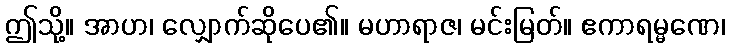
ဤသို့။ အာဟ၊ လျှောက်ဆိုပေ၏။ မဟာရာဇ၊ မင်းမြတ်။ ဧကာရမ္မဏေ၊